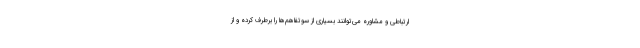
ارتباطی و مشاوره می‌توانند بسیاری از سوتفاهم‌ها را برطرف کرده و از